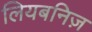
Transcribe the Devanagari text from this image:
लियबनिज़